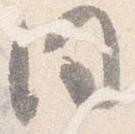
同